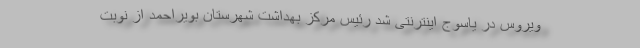
ویروس در یاسوج اینترنتی شد رئیس مرکز بهداشت شهرستان بویراحمد از نوبت